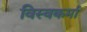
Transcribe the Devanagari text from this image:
विस्वकर्मा